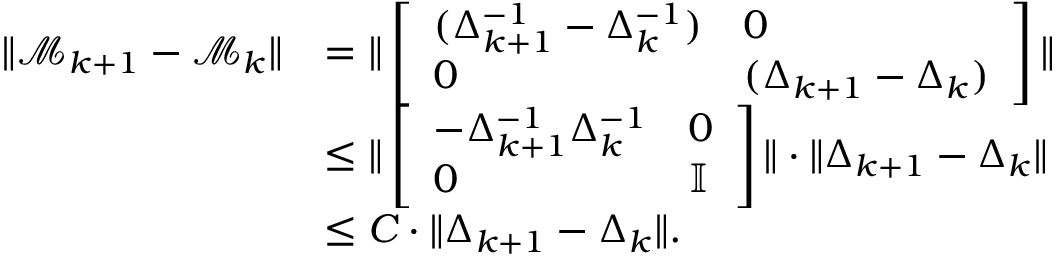
\begin{array} { r l } { \Vert \mathcal M _ { k + 1 } - \mathcal M _ { k } \Vert } & { = \Vert \left[ \begin{array} { l l } { ( \Delta _ { k + 1 } ^ { - 1 } - \Delta _ { k } ^ { - 1 } ) } & { 0 } \\ { 0 } & { ( \Delta _ { k + 1 } - \Delta _ { k } ) } \end{array} \right] \Vert } \\ & { \leq \Vert \left[ \begin{array} { l l } { - \Delta _ { k + 1 } ^ { - 1 } \Delta _ { k } ^ { - 1 } } & { 0 } \\ { 0 } & { \mathbb I } \end{array} \right] \Vert \cdot \Vert \Delta _ { k + 1 } - \Delta _ { k } \Vert } \\ & { \leq C \cdot \Vert \Delta _ { k + 1 } - \Delta _ { k } \Vert . } \end{array}